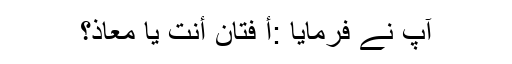
آپ نے فرمایا :أ فَتَّانٌ أنتَ يَا مُعَاذُ؟